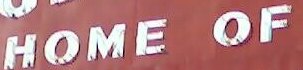
HOME OF